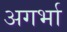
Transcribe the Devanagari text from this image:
अगर्भा